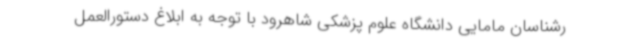
رشناسان مامایی دانشگاه علوم پزشکی شاهرود با توجه به ابلاغ دستورالعمل